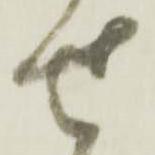
せ